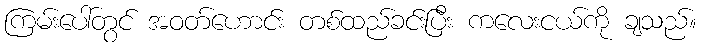
ကြမ်းပေါ်တွင် အဝတ်ဟောင်း တစ်ထည်ခင်းပြီး ကလေးငယ်ကို ချသည်။